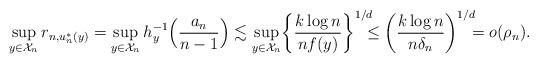
LaTeX: \begin{align*}\sup_{y \in \mathcal{X}_n} r_{n,u_n^*(y)} = \sup_{y \in \mathcal{X}_n} h_y^{-1}\Bigl(\frac{a_n}{n-1}\Bigr) \lesssim \sup_{y \in \mathcal{X}_n} \biggl\{ \frac{k \log n}{n f(y)} \biggr\}^{1/d} \! \! \! \! \leq \biggl( \frac{k \log n}{n \delta_n} \biggr)^{1/d} \! \! \! = o(\rho_n).\end{align*}